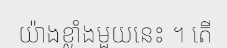
យ៉ាងខ្លាំងមួយនេះ ។ តើ